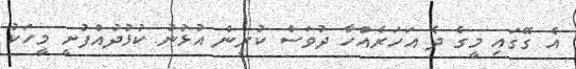
އެ ގޭގައި މީގެ ދެ އަހަރެއްހާ ދުވަސް ކުރިން އުޅުނު ކުޅުދުއްފުށީ މީހަކު